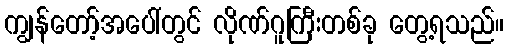
ကျွန်တော့်အပေါ်တွင် လိုဏ်ဂူကြီးတစ်ခု တွေ့ရသည်။